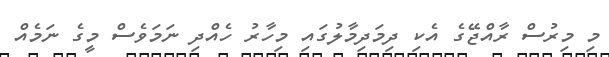
މި މިރުސް ރާއްޖޭގެ އެކި ދިމަދިމާލުގައި މިހާރު ހެއްދި ނަމަވެސް މީގެ ނަމެއް